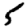
Digit: 5